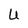
Character: U